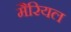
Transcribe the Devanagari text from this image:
मैरियल